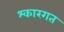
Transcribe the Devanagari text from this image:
श्कारगत